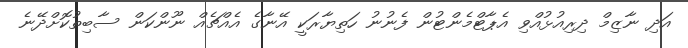
އަދި ނާޒިމް ދިރިއުޅުއްވި އެޕާޓްމެންޓުން ފެނުނު ހަތިޔާރަކީ އޭނާގެ އެއްޗެއް ނޫންކަން ސާބިތުކޮށްދޭނެ